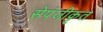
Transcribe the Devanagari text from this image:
सेपंजीकृत